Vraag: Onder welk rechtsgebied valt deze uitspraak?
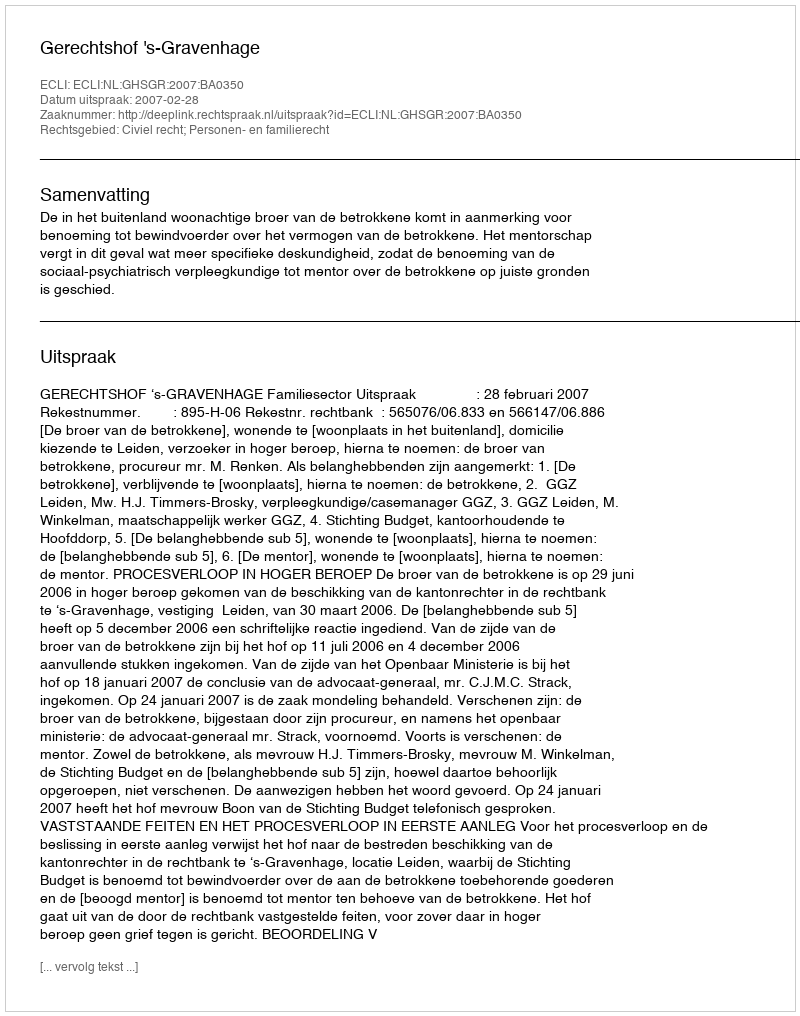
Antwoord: Civiel recht; Personen- en familierecht